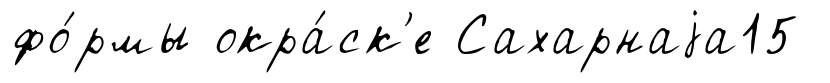
фо́рмы окра́ск'е Сахарнаjа15